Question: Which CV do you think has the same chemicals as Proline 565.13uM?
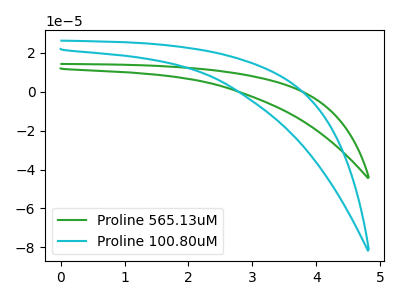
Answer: <think>The green curve "Proline 565.13uM" has no peaks. The cyan curve "Proline 100.80uM" has no peaks.
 Neither "Proline 565.13uM" or "Proline 100.80uM" have any peaks.</think>
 <answer>The CV with the most similar shape to "Proline 100.80uM" is "Proline 565.13uM".</answer>
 <eval>"Proline 565.13uM"</eval>